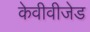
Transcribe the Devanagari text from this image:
केवीवीजेड